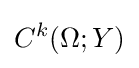
C^{k}(\Omega ;Y)